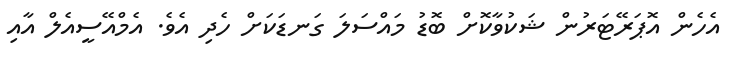
އެހެން އޮޕަރޭޓަރުން ޝަކުވާކޮށް ބޮޑު މައްސަލަ ގަނޑަކަށް ހެދި އެވެ. އެމްއޭސީއެލް އާއި